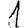
Digit: 1